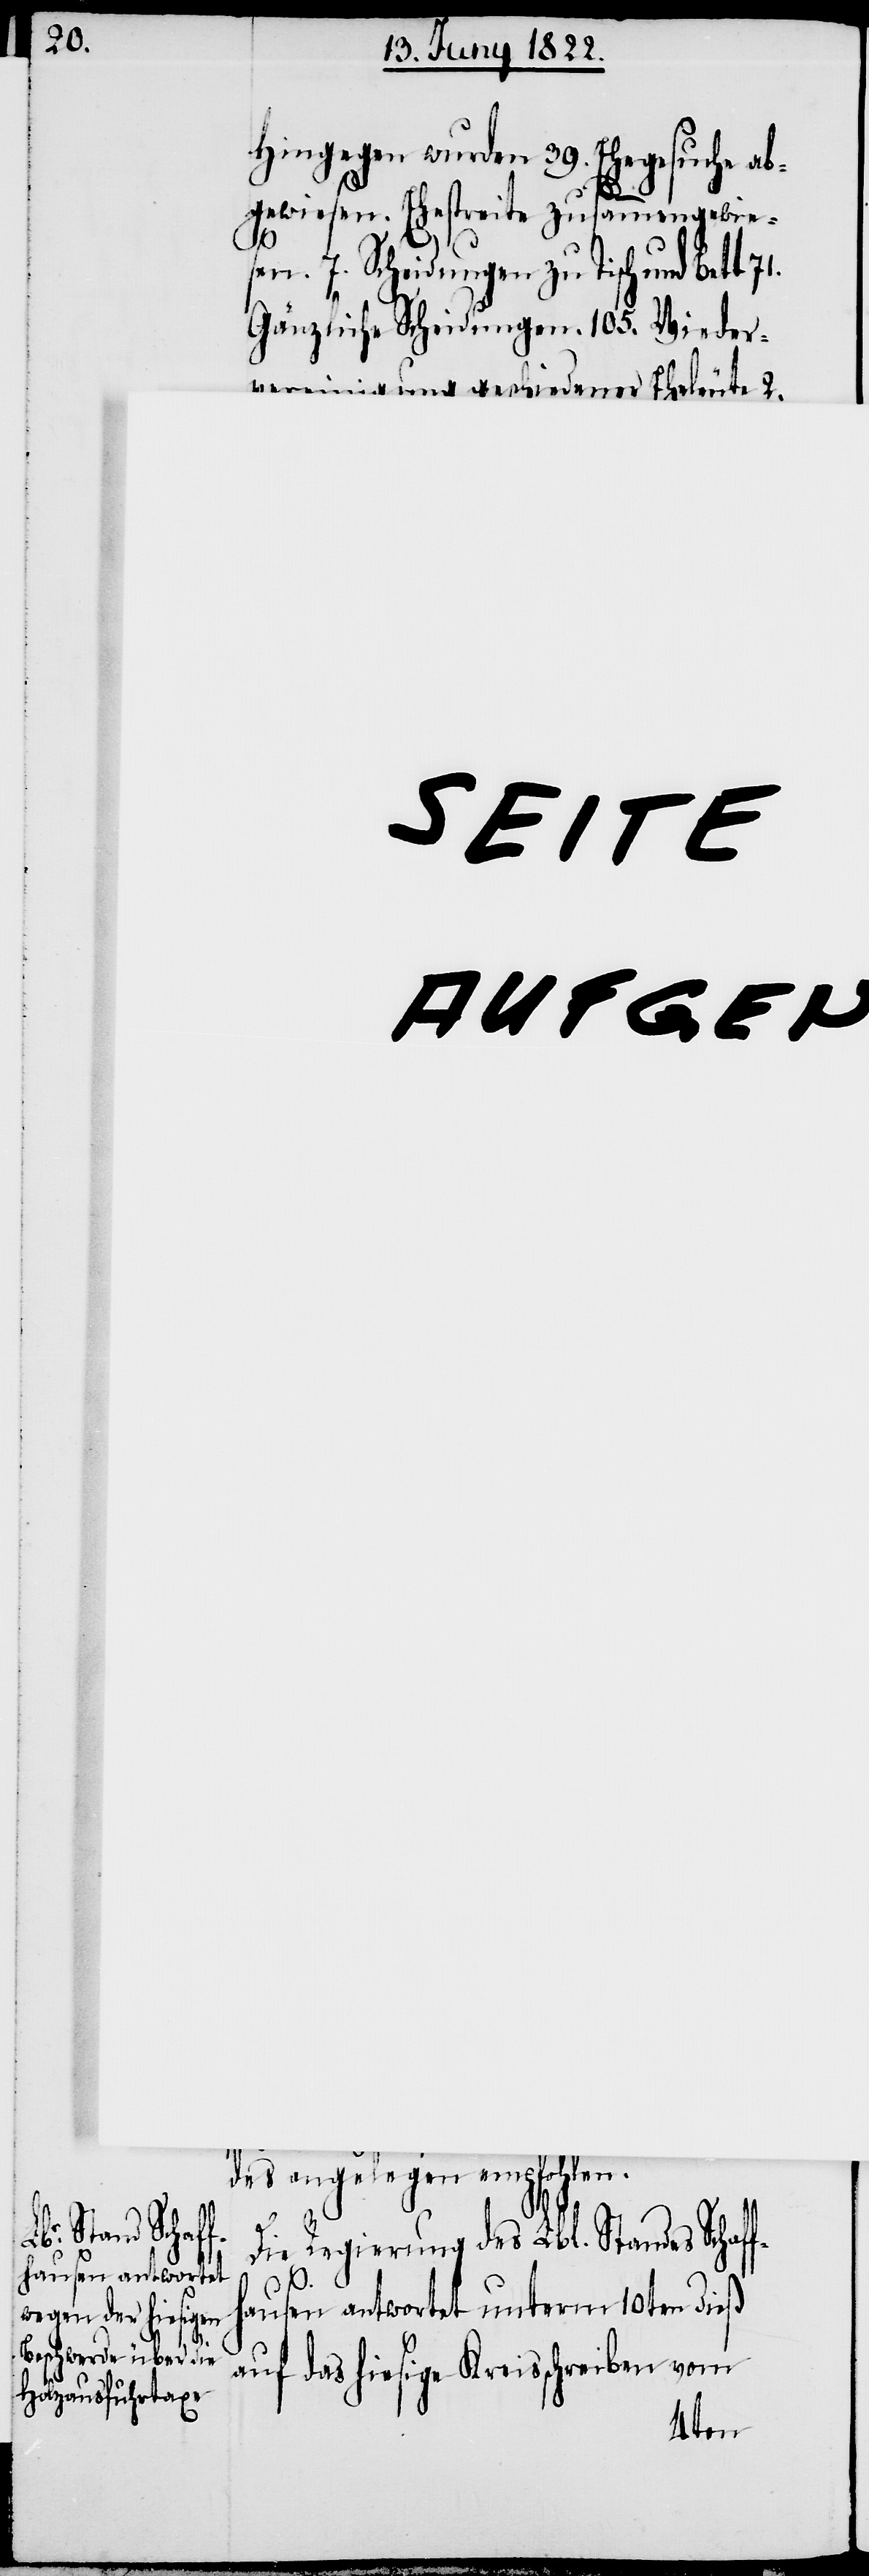
3.

Gegenstan¬
f¬

hingegen wurden 39. Ehegesuche ab¬
gewiesen. Ehestreite zusammengewie¬
sen. 7. Scheidungen zu Tisch und Bett
Gänzliche Scheidungen. 105. Wieder¬
vereinigung geschiedener Eheleute 2.
hatte 3.
des angelegen empfohlen.
Die Regierung des Lbl. Standes Schaf¬
hausen antwortet unterm 10ten dieß
auf das hiesige Kreisschreiben vom